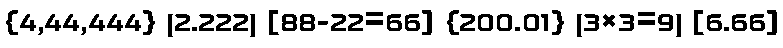
{4,44,444} (2.222) [88-22=66] {200.01} (3×3=9) [6.66]